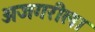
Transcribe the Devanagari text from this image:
अजगरीला